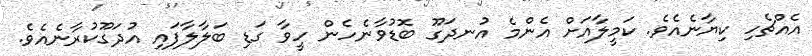
އެއްޗެހި ކިޔާނެއެވެ. ކަމީލާއަށް އެންމެ އުނދަގޫ ބޮޑުވާނެހެން ހީވާ ގަޑި ބަލާލާފައި އުދަގޫކުރާނެއެވެ.